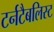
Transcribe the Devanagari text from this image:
टर्नटैबलिस्ट